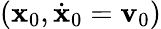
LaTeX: ({\mathbf x}_{0},\dot{\mathbf x}_{0}={\mathbf v}_{0})